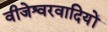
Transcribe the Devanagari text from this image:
वीजेश्वरवादियों